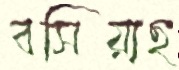
বসিয়াছ